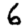
Digit: 6